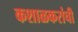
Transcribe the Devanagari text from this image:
कशाळकरांची